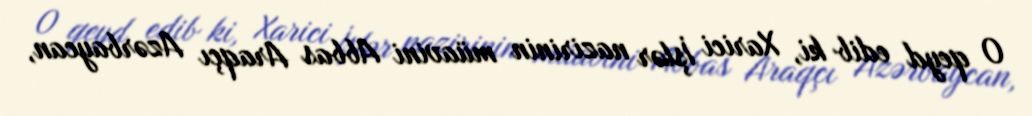
O qeyd edib ki, Xarici İşlər nazirinin müavini Abbas Araqçı Azərbaycan,